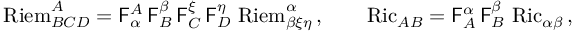
\operatorname { R i e m } ^ { A } _ { B C D } = \mathsf { F } _ { \alpha } ^ { A } \, \mathsf { F } _ { B } ^ { \beta } \, \mathsf { F } _ { C } ^ { \xi } \, \mathsf { F } _ { D } ^ { \eta } \, \operatorname { R i e m } ^ { \alpha } _ { \beta \xi \eta } \, , \qquad \operatorname { R i c } _ { A B } = \mathsf { F } _ { A } ^ { \alpha } \, \mathsf { F } _ { B } ^ { \beta } \, \operatorname { R i c } _ { \alpha \beta } \, ,